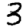
Digit: 3